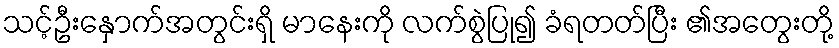
သင့်ဦးနှောက်အတွင်းရှိ မာနေးကို လက်စွဲပြု၍ ခံရတတ်ပြီး ၏အတွေးတို့